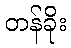
တန်ခိုး